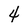
Character: 4